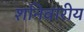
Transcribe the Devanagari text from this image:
शनिवारीय